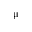
\upmu